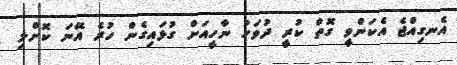
އެނގިއްޖެ އެކަންވީ ގޮތް ކުރީ ދުވަހު ނާހީއަށް ގުޅައިގެން ހުރެ އޭނަ ކޮށްލި